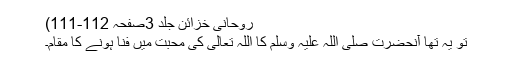
روحانی خزائن جلد 3صفحہ 112-111)
تو یہ تھا آنحضرت صلی اللہ علیہ وسلم کا اللہ تعالیٰ کی محبت میں فنا ہونے کا مقام۔